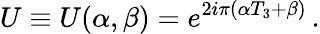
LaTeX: U\equiv U(\alpha,\beta)=e^{2i\pi(\alpha T_{3}+\beta)}\, .